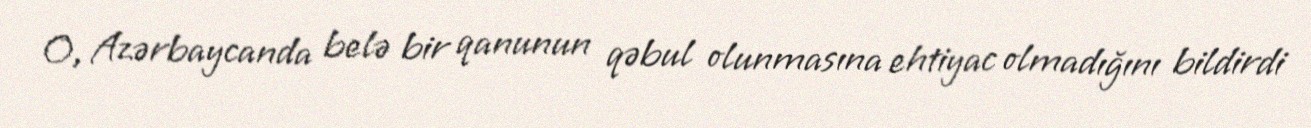
O, Azərbaycanda belə bir qanunun qəbul olunmasına ehtiyac olmadığını bildirdi